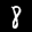
Label: 8